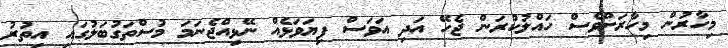
މިހާރުން މިހާރަށްވެސް ހައްލުކުރަން ޖެހޭ އަދި އަވަސް ފިޔަވަޅެއް ނޭޅިއްޖެނަމަ މުސްތަގުބަލުގައި އިތުރު